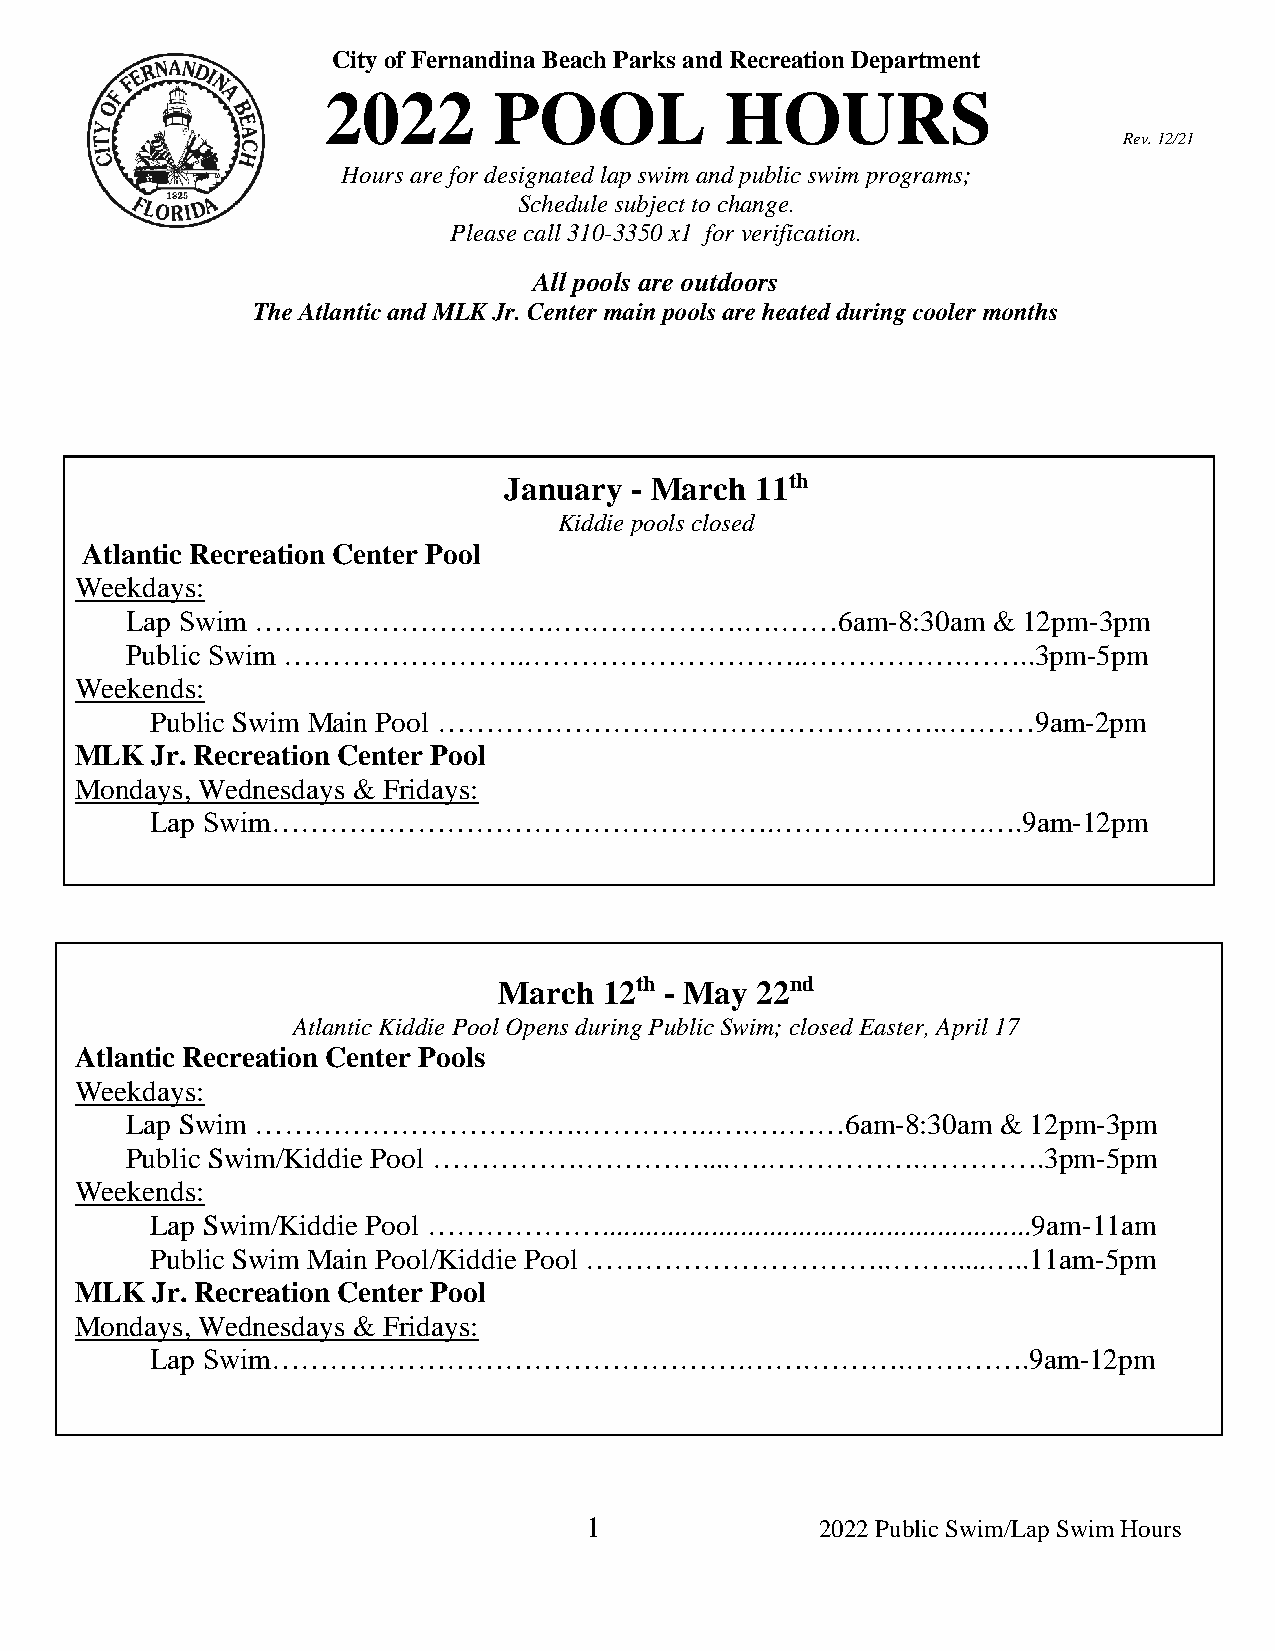
City of Fernandina Beach Parks and Recreation Department
 2022       POOL           HOURS
 Rev. 12/21
 Hours are for designated lap swim and public swim programs;
 Schedule subject to change.
 Please call 310-3350 x1 for verification.
 All pools are outdoors
 The Atlantic and MLK Jr. Center main pools are heated during cooler months
 January  - March 11th
 Kiddie pools closed
 Atlantic Recreation Center Pool
 Weekdays:
 Lap Swim ………………………….….…………….….……6am-8:30am                & 12pm-3pm
 Public Swim ……………………..………………………..…………….……..3pm-5pm
 Weekends:
 Public Swim Main Pool ……………………………………………..………9am-2pm
 MLK  Jr. Recreation Center Pool
 Mondays, Wednesdays & Fridays:
 Lap Swim…………………………………………….………………….….9am-12pm
 March  12th - May 22nd
 Atlantic Kiddie Pool Opens during Public Swim; closed Easter, April 17
 Atlantic Recreation Center Pools
 Weekdays:
 Lap Swim …………………………….…………..….….……6am-8:30am               & 12pm-3pm
 Public Swim/Kiddie Pool …………….…………....….…………….………….3pm-5pm
 Weekends:
 Lap Swim/Kiddie Pool ………………...........................................................9am-11am
 Public Swim Main Pool/Kiddie Pool …………………………..…….....…..11am-5pm
 MLK  Jr. Recreation Center Pool
 Mondays, Wednesdays & Fridays:
 Lap Swim………………………………………….…….……….………….9am-12pm
 1              2022 Public Swim/Lap Swim Hours